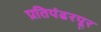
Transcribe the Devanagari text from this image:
प्रतिपंढरपूर